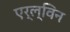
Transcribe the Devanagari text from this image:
एर्ल्विन